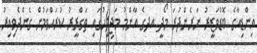
އިންޑިއާގެ ބޮޑުވަޒީރު ނަރެންދުރަ މޯދީ އދގެ އާންމު މަޖިލީހުގައި ތަގްރީރު ކުރައްވަމުން ގެންދެވިއިރު